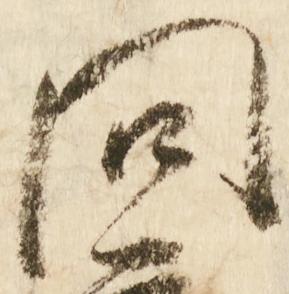
問